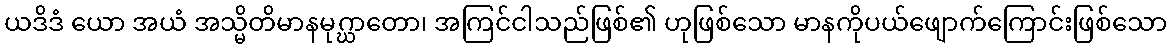
ယဒိဒံ ယော အယံ အသ္မိတိမာနမုဂ္ဃာတော၊ အကြင်ငါသည်ဖြစ်၏ ဟုဖြစ်သော မာနကိုပယ်ဖျောက်ကြောင်းဖြစ်သော